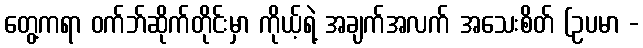
တွေ့ကရာ ဝက်ဘ်ဆိုက်တိုင်းမှာ ကိုယ့်ရဲ့ အချက်အလက် အသေးစိတ် (ဥပမာ -